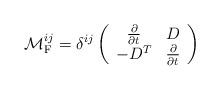
LaTeX: \begin{align*}{\cal M}^{ij}_{\rm F}= \delta^{ij}\left(\begin{array}{cc} \frac{\partial}{\partial t} & D \\ -D^{T} &\frac{\partial}{\partial t}\end{array}\right)\end{align*}